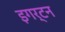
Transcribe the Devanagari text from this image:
इगर्टन